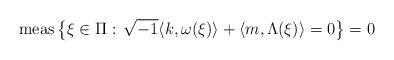
LaTeX: \begin{align*}{\rm meas}\left\{\xi\in\Pi:\, \sqrt{-1}\langle k,\omega(\xi)\rangle+ \langle m,\Lambda(\xi)\rangle =0 \right\}=0\end{align*}